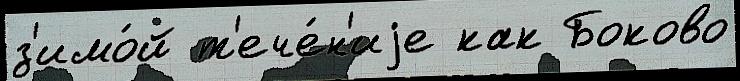
з'имо́й т'ече́н'иjе как Боково